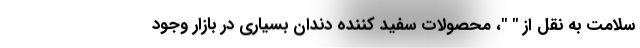
سلامت به نقل از " "، محصولات سفید کننده دندان بسیاری در بازار وجود